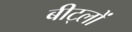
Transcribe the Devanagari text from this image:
बीट्लों